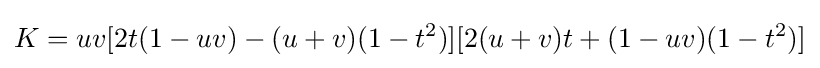
K=uv[2t(1-uv)-(u+v)(1-t^{2})][2(u+v)t+(1-uv)(1-t^{2})]